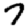
Digit: 7